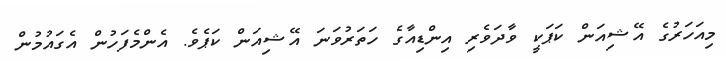
މިއަހަރުގެ އޭޝިއަން ކަޕަކީ ވާދަވެރި އިންޑިއާގެ ހަތަރުވަނަ އޭޝިއަން ކަޕެވެ. އެންމެފަހުން އެގައުމުން